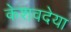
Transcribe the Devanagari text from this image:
केशवदेया